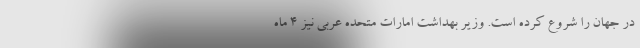
در جهان را شروع کرده است. وزیر بهداشت امارات متحده عربی نیز 4 ماه